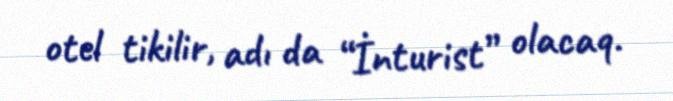
otel tikilir, adı da “İnturist” olacaq.